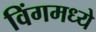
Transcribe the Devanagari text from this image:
विंगमध्ये